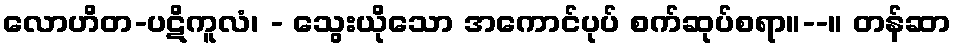
လောဟိတ-ပဋိကူလံ၊ - သွေးယိုသော အကောင်ပုပ် စက်ဆုပ်စရာ။--။ တန်ဆာ